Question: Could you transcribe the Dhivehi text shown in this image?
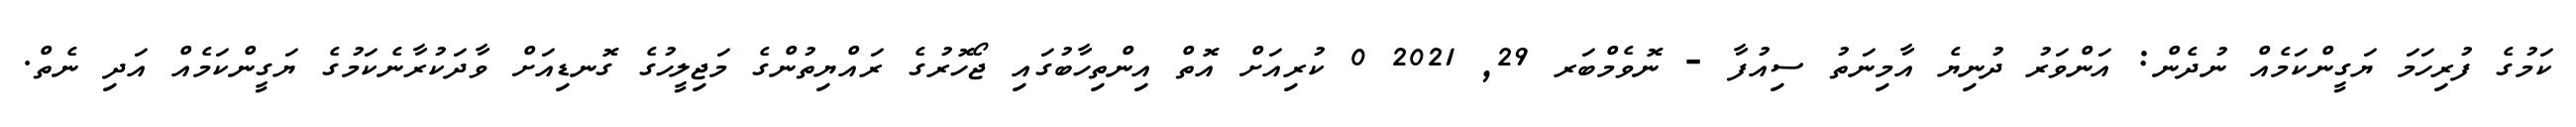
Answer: ކަމުގެ ފުރިހަމަ ޔަގީންކަމެއް ނުދެން: އަންވަރު ދުނިޔެ އާމިނަތު ސިއުފާ - ނޮވެމްބަރ 29, 2021 0 ކުރިއަށް އޮތް އިންތިހާބުގައި ޖޯހޮރުގެ ރައްޔިތުންގެ މަޖިލީހުގެ ގޮނޑިއަށް ވާދަކުރާނެކަމުގެ ޔަގީންކަމެއް އަދި ނެތް.